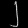
Digit: ၂